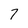
Character: 7